Annual statistical returns and brief notes on vaccination in Bengal - 1909-1929
Year: 1909
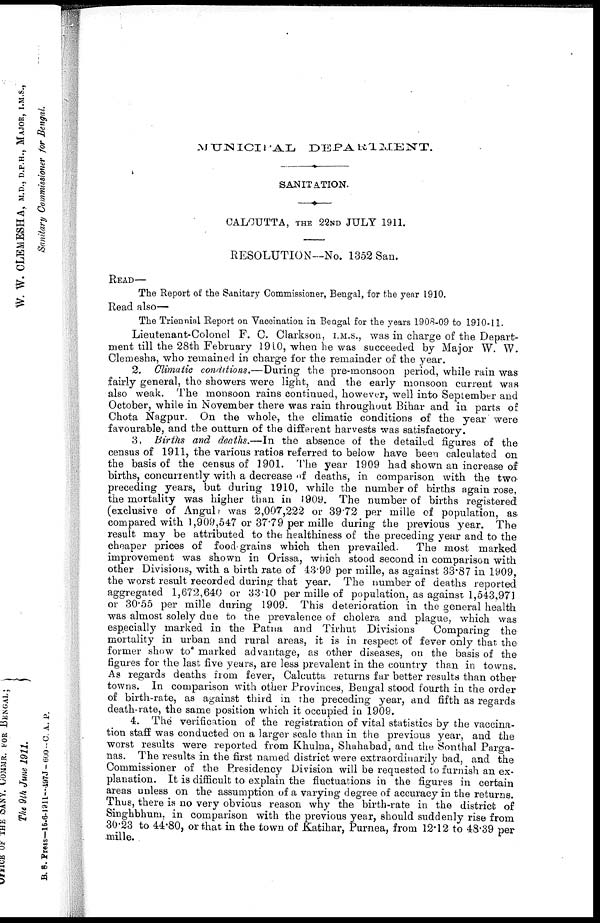
MUNICIPAL
DEPARTMENT.
SANITATION.
CALCUTTA, THE 22ND JULY 1911.
RESOLUTION—No. 1352 San.
READ—
The Report of the Sanitary Commissioner, Bengal, for the year 1910.
Read also—
The Triennial Report on Vaccination in Bengal for the years 1908-09 to 1910-11.
Lieutenant-Colonel F. C. Clarkson, I.M.S., was in charge of the Depart-
ment till the 28th February 1910, when he was succeeded by Major W. W.
Clemesha, who remained in charge for the remainder of the year.
2. Climatic conditions.—During the pre-monsoon period, while rain was
fairly general, the showers were light, and the early monsoon current was
also weak. The monsoon rains continued, however, well into September and
October, while in November there was rain throughout Bihar and in parts of
Chota Nagpur. On the whole, the climatic conditions of the year were
favourable, and the outturn of the different harvests was satisfactory.
3. Births and deaths.—In the absence of the detailed figures of the
census of 1911, the various ratios referred to below have been calculated on
the basis of the census of 1901. The year 1909 had shown an increase of
births, concurrently with a decrease of deaths, in comparison with the two
preceding years, but during 1910, while the number of births again rose,
the mortality was higher than in 1909. The number of births registered
(exclusive of Angul was 2,007,222 or 39.72 per mille of population, as
compared with 1,909,547 or 37.79 per mille during the previous year. The
result may be attributed to the healthiness of the preceding year and to the
cheaper prices of food grains which then prevailed.
The most marked
improvement was shown in Orissa, which stood second in comparison with
other Divisions, with a birth rate of 43.99 per mille, as against 33.87 in 1909,
the worst result recorded during that year. The number of deaths reported
aggregated 1,672,640 or 33.10 per mille of population, as against 1,543,971
or 30.55 per mille during 1909. This deterioration in the general health
was almost solely due to the prevalence of cholera and plague, which was
especially marked in the Patna and Tirhut Divisions
Comparing the
mortality in urban and rural areas, it is in respect of fever only that the
former show to marked advantage, as other diseases, on the basis of the
figures for the last five years, are less prevalent in the country than in towns.
As regards deaths from fever, Calcutta returns far better results than other
towns. In comparison with other Provinces, Bengal stood fourth in the order
of birth-rate, as against third in the preceding year, and fifth as regards
death-rate, the same position which it occupied in 1909.
4. The verification of the registration of vital statistics by the vaccina-
tion staff was conducted on a larger scale than in the previous year, and the
worst results were reported from Khulna, Shahabad, and the Sonthal Parga-
nas. The results in the first named district were extraordinarily bad, and the
Commissioner of the Presidency Division will be requested to furnish an ex-
planation. It is difficult to explain the fluctuations in the figures in certain
areas unless on the assumption of a varying degree of accuracy in the returns.
Thus, there is no very obvious reason why the birth-rate in the district of
Singhbhum, in comparison with the previous year, should suddenly rise from
30.23 to 44.80, or that in the town of Katihar, Purnea, from 12.12 to 48.39 per
mille.